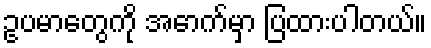
ဥပမာတွေကို အောက်မှာ ပြထားပါတယ်။